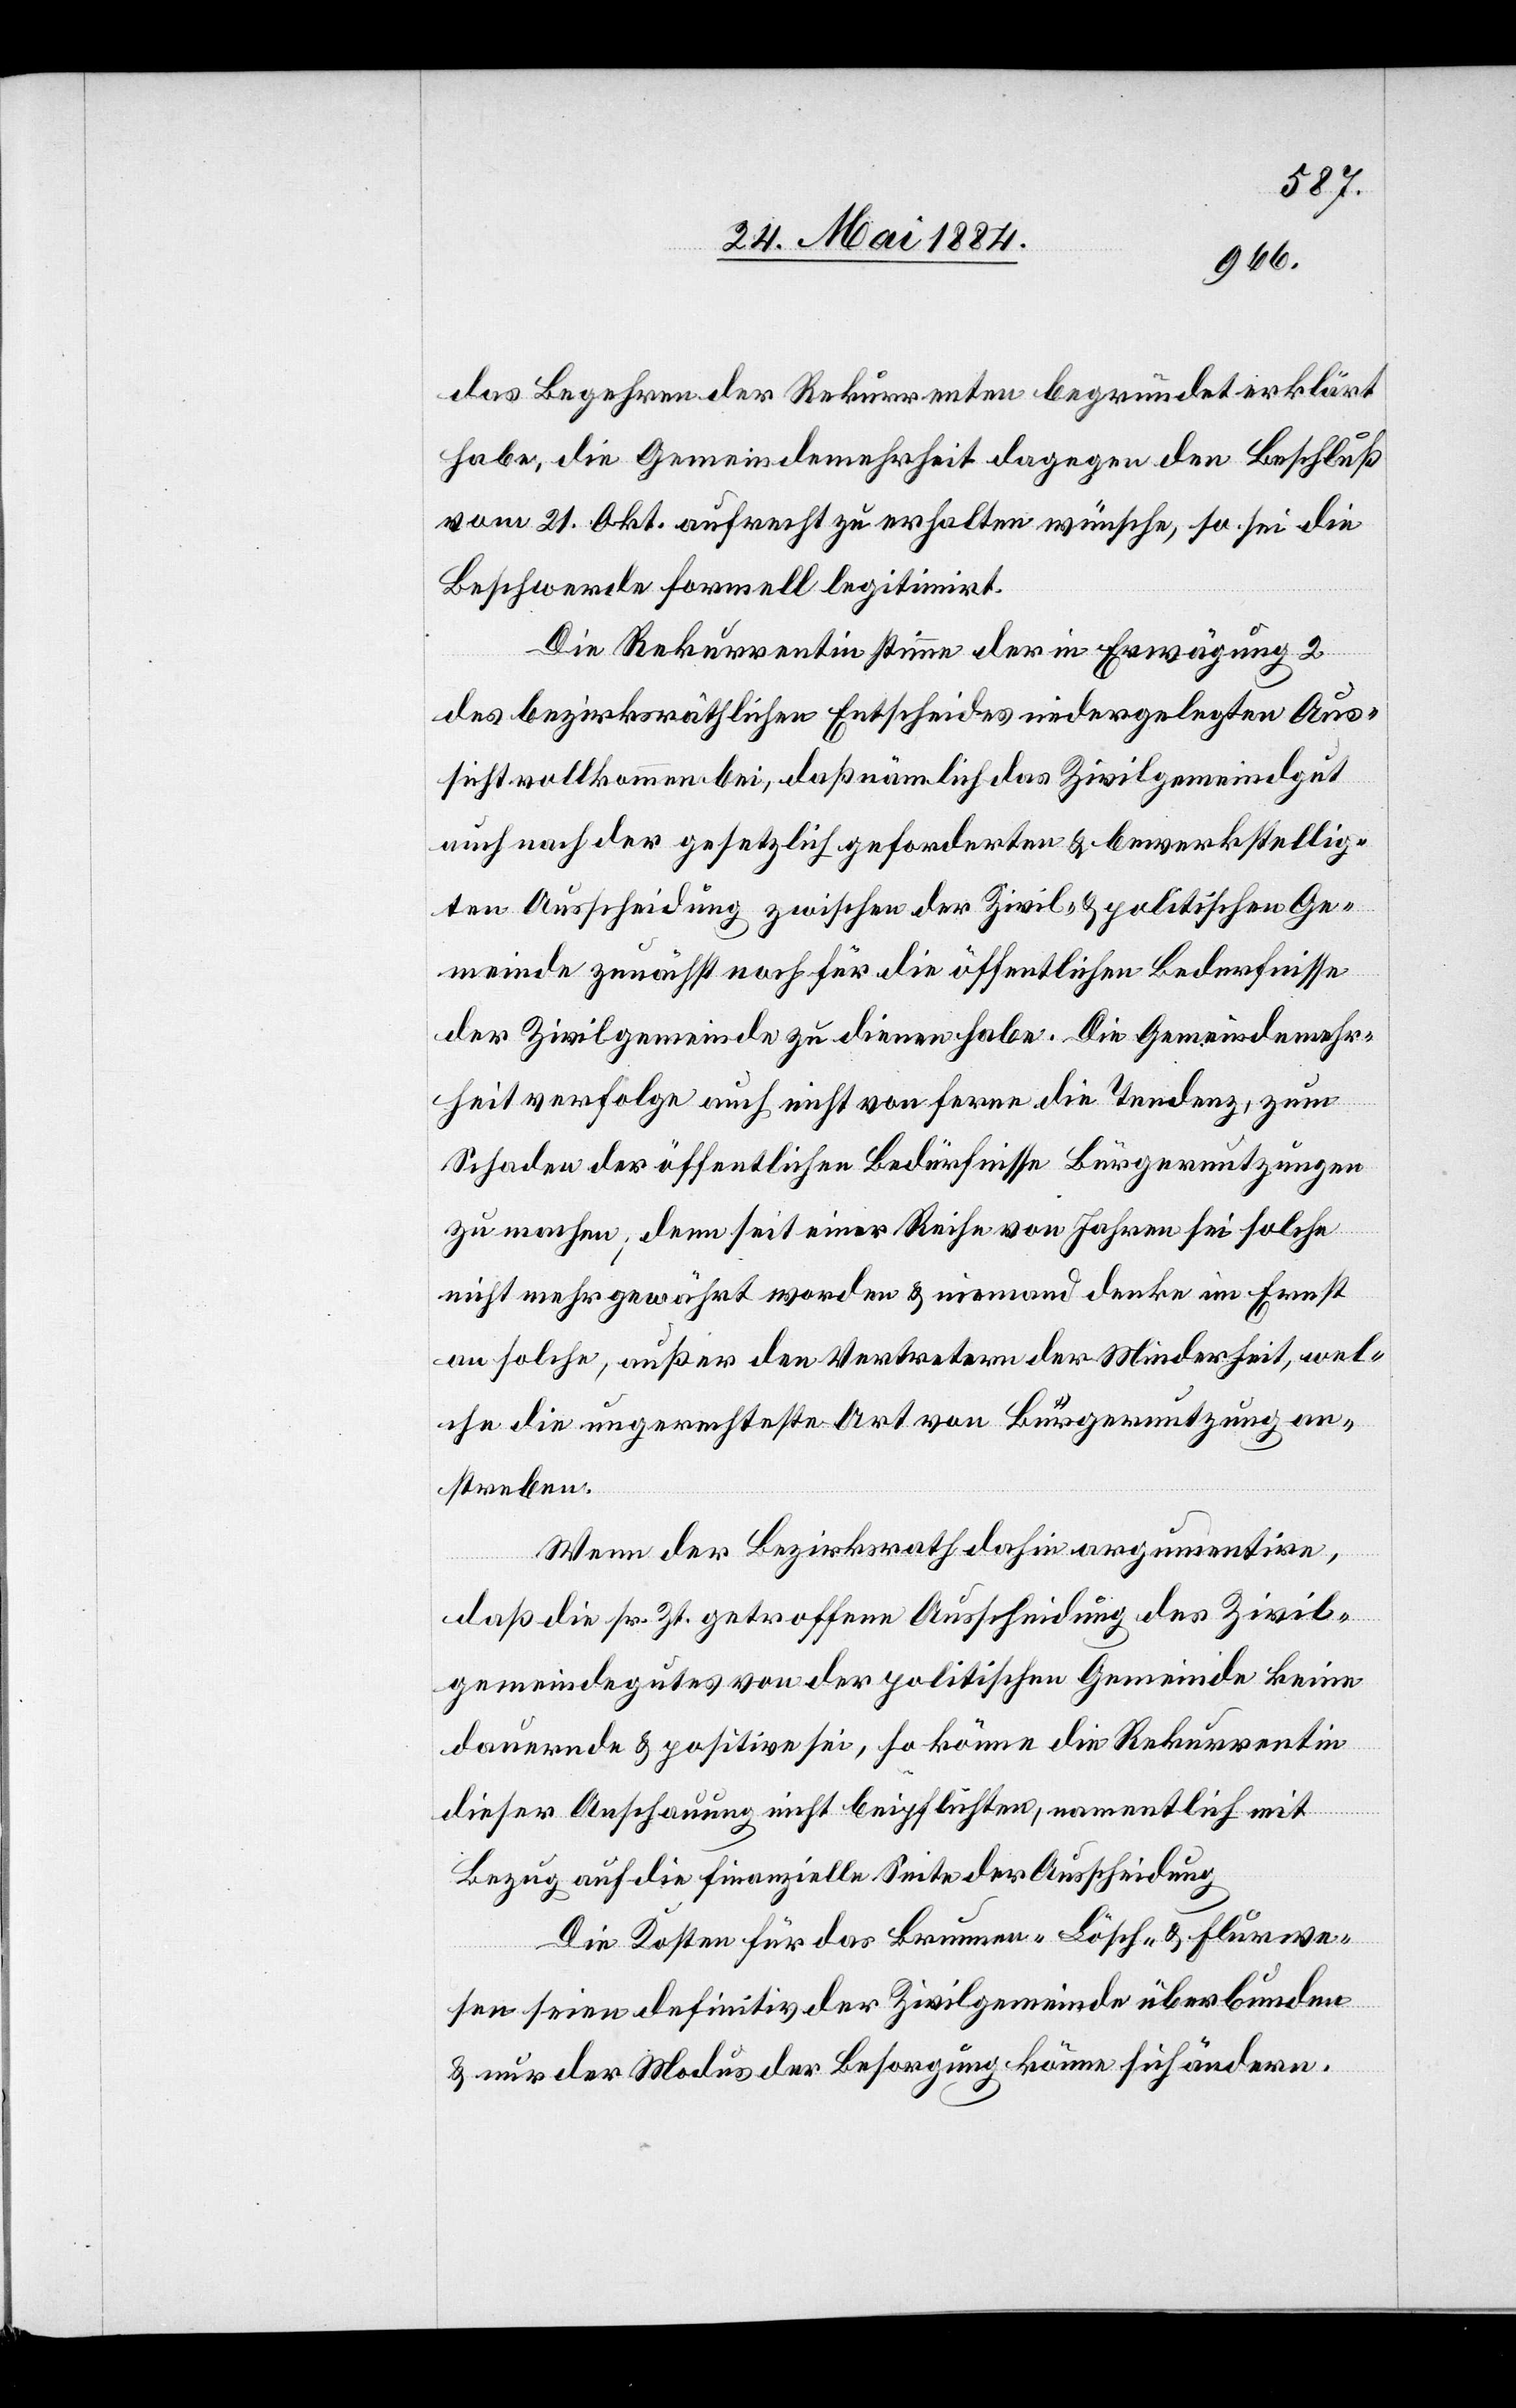
das Begehren der Rekurrenten begründet erklärt
habe, die Gemeindemehrheit dagegen den Beschluß
vom 21. Okt. aufrecht zu erhalten wünsche, so sei die
Beschwerde formell legitimirt.
Die Rekurrentin stimme der in Erwägung 2
des bezirksräthlichen Entscheides niedergelegten Aus¬
sicht vollkommen bei, daß nämlich das Zivilgemeindgut
auch nach der gesetzlich geforderten & bewerkstellig¬
ten Ausscheidung zwischen der Zivil- & politischen Ge¬
meinde zunächst noch für die öffentlichen Bederfnisse
der Zivilgemeinde zu dienen habe. Die Gemeindemehr¬
heit verfolge auch nicht von ferne die Tendenz, zum
Schaden der öffentlichen Bedürfnisse Bürgernutzungen
zu machen; denn seit einer Reihe von Jahren sei solche
nicht mehr gewährt worden & niemand denke im Ernst
an solche, außer den Vertretern der Minderheit, wel¬
che die ungerechteste Art von Bürgernutzung an¬
streben.
Wenn der Bezirksrath dahin argumentire,
daß die sr. Zt. getroffene Ausscheidung des Zivil¬
gemeindegutes von der politischen Gemeinde keine
dauernde & politische sei, so könne die Rekurrentin
dieser Anschauung nicht beipflichten, namentlich mit
Bezug auf die finanzielle Seite der Ausscheidung.
Die Kosten für das Brunnen-[,] Lösch- & Flurwe¬
sen seien definitiv der Zivilgemeinde überbunden
& nur der Modus der Besorgung könne sich ändern.